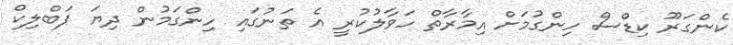
ކެންގަރޫ ކިޑްސް ހިންގުމަށް އިމާރާތް ހަވާލުކުރީ އެ ތަނުގައި ހިންގަމުން ދިޔަ ޕަބްލިކް